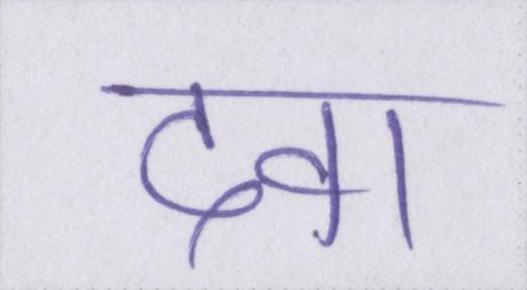
दवा